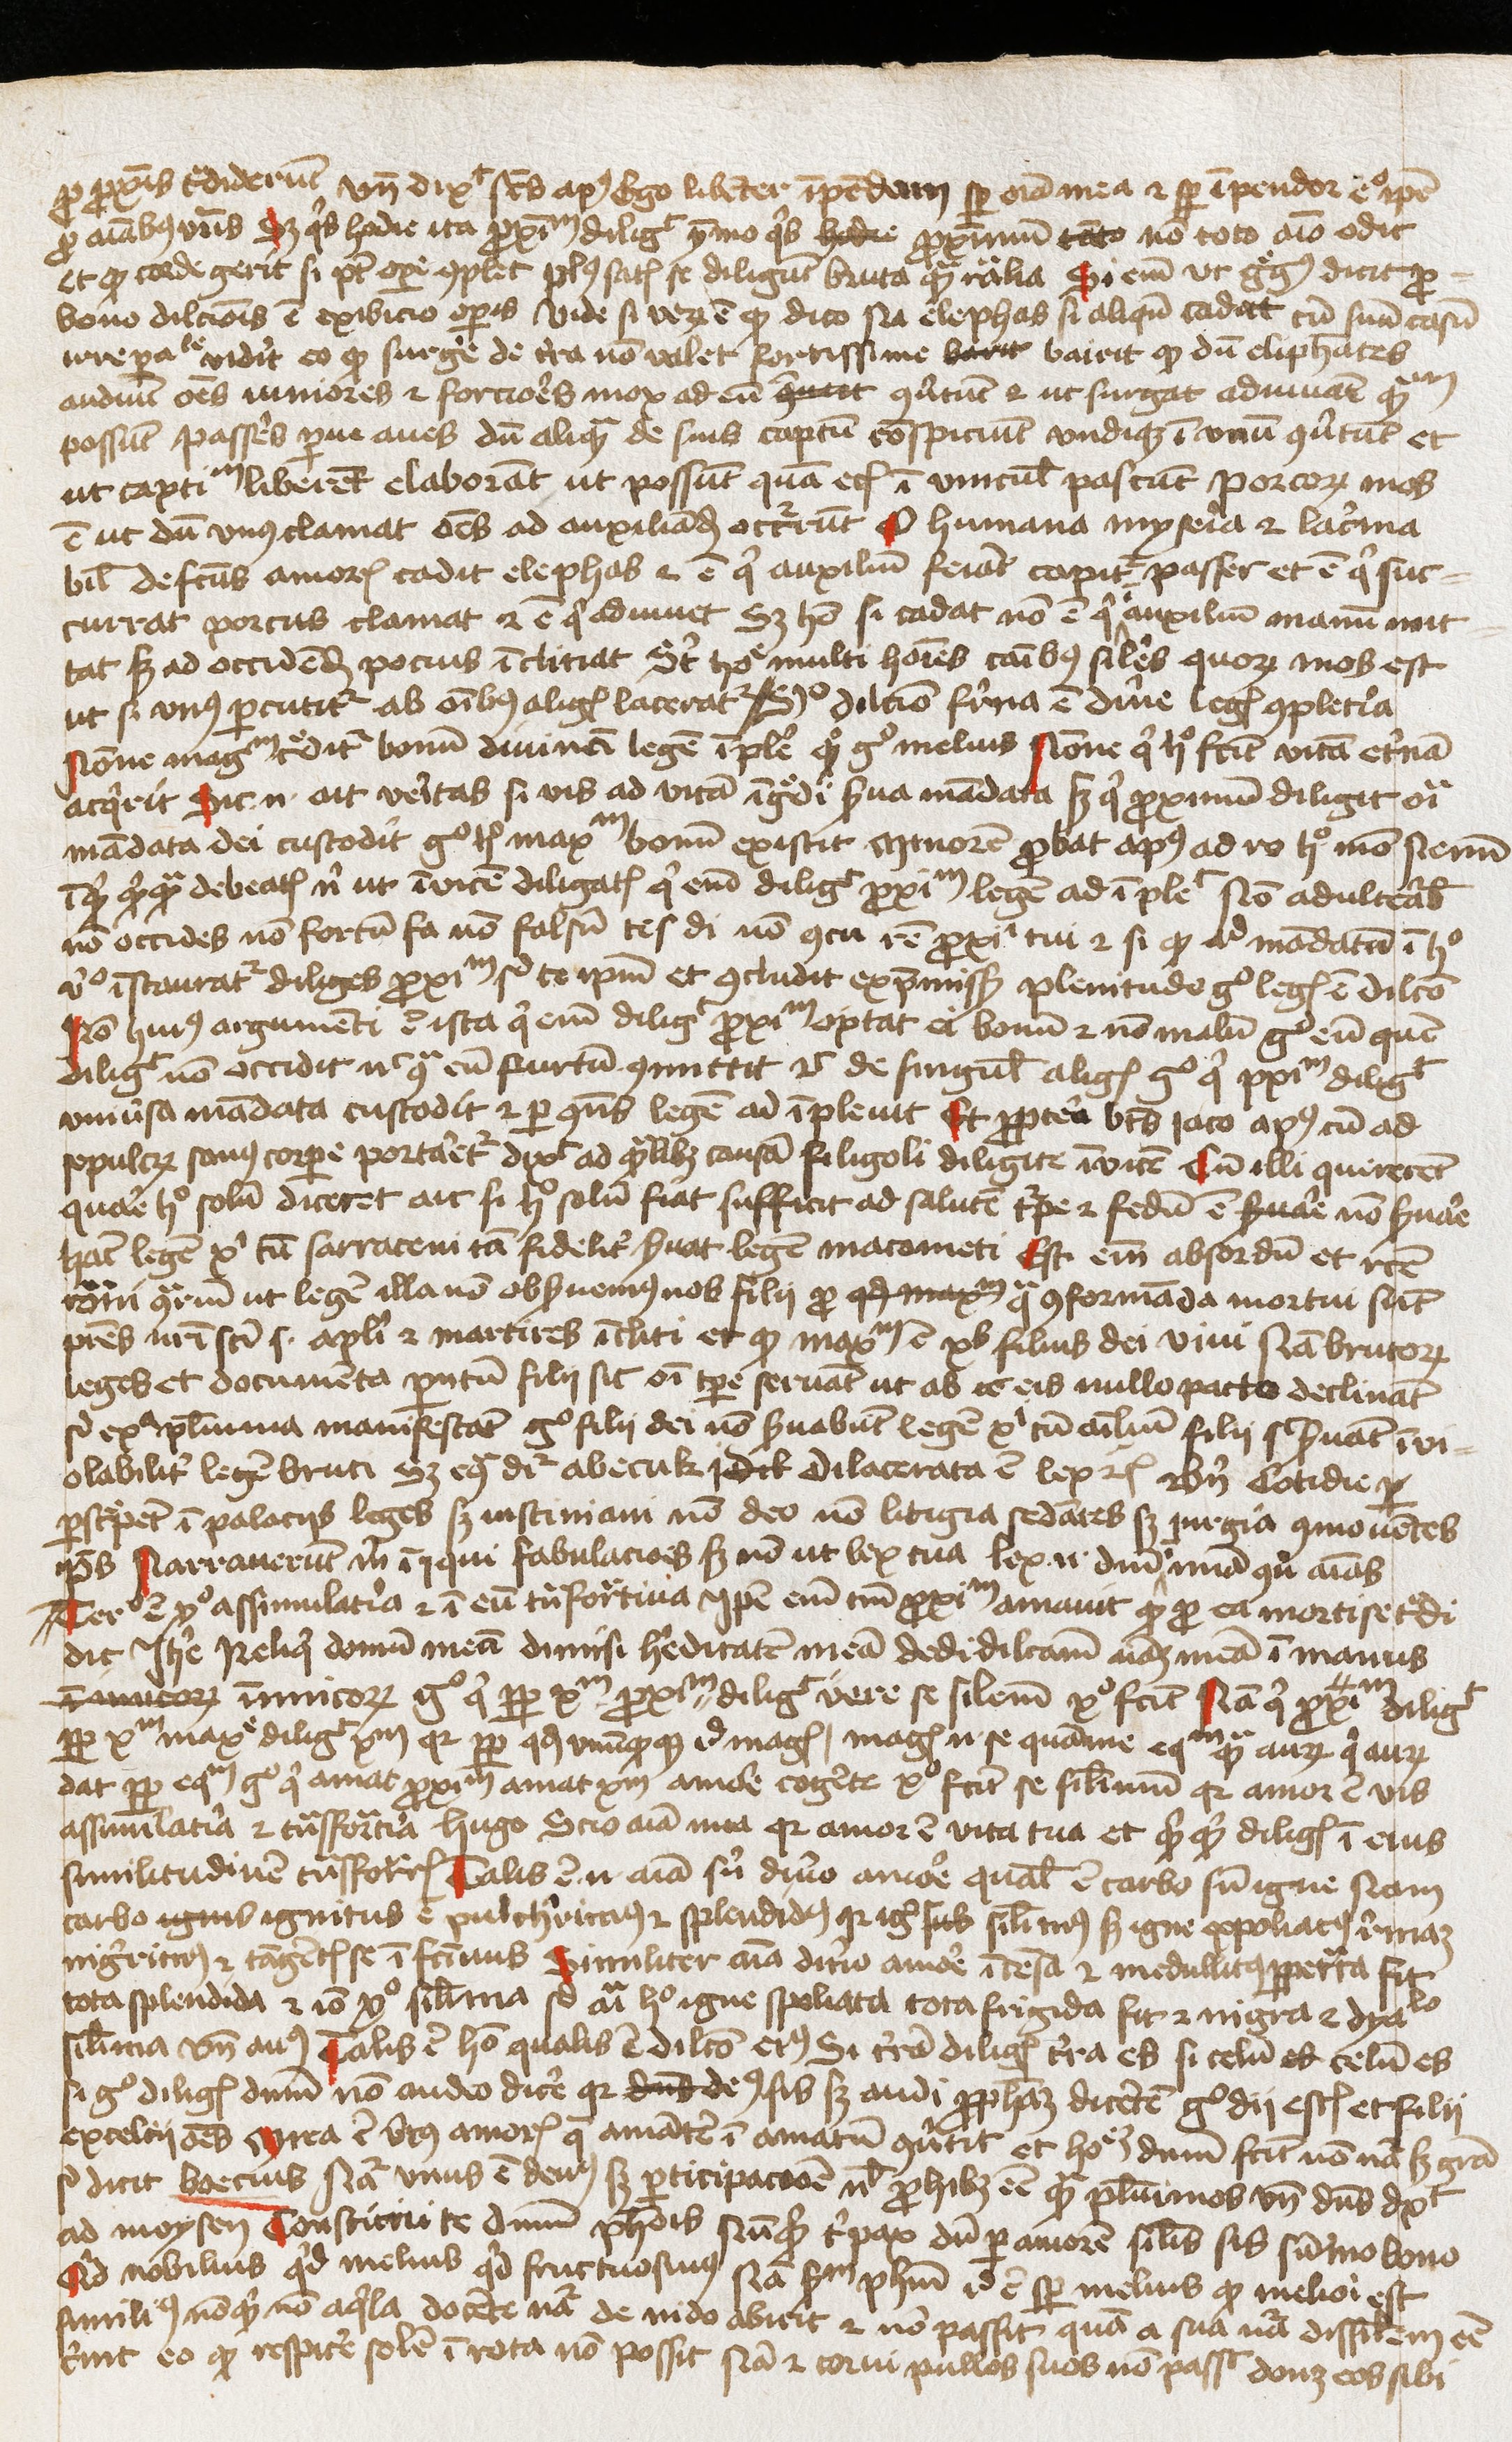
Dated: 1450–1474